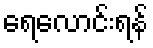
ရေလောင်းရန်